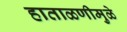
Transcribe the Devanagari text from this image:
हाताळणीमुळे